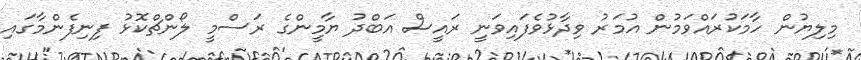
މިލިޔުން ހާމަކުރައްވަމުން އުމަރު ވިދާޅުވެފައިވަނީ ރައީސް އަބްދު ޔާމީންގެ ރަސްމީ ލޯންޗްކޮޅު ފިނިފެންމާގައި